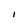
Character: I